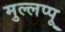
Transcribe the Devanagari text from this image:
मुल्लप्पू